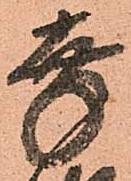
幸